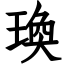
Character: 瑍